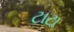
ટાટા